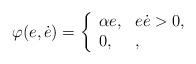
LaTeX: \begin{align*}\varphi(e,\dot{e}) = \left\{\begin{array}{ll}\alpha e, & e\dot{e} > 0,\\0, & ,\end{array}\right.\end{align*}